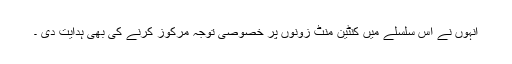
انہوں نے اس سلسلے میں کنٹین منٹ زونوں پر خصوصی توجہ مرکوز کرنے کی بھی ہدایت دی ۔